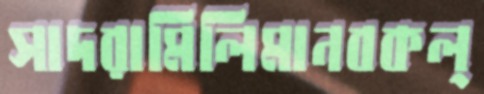
সাদরামিলিমানবকল্